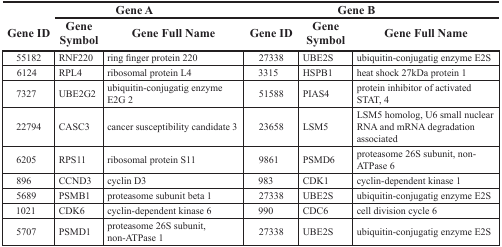
<table><thead><tr><td></td><td colspan="2"><b>Gene A</b></td><td></td><td colspan="2"><b>Gene B</b></td></tr><tr><td><b>Gene ID</b></td><td><b>Gene Symbol</b></td><td><b>Gene Full Name</b></td><td><b>Gene ID</b></td><td><b>Gene Symbol</b></td><td><b>Gene Full Name</b></td></tr></thead><tbody><tr><td>55182</td><td>RNF220</td><td>ring finger protein 220</td><td>27338</td><td>UBE2S</td><td>ubiquitin-conjugatig enzyme E2S</td></tr><tr><td>6124</td><td>RPL4</td><td>ribosomal protein L4</td><td>3315</td><td>HSPB1</td><td>heat shock 27kDa protein 1</td></tr><tr><td>7327</td><td>UBE2G2</td><td>ubiquitin-conjugatig enzyme E2G 2</td><td>51588</td><td>PIAS4</td><td>protein inhibitor of activated STAT, 4</td></tr><tr><td>22794</td><td>CASC3</td><td>cancer susceptibility candidate 3</td><td>23658</td><td>LSM5</td><td>LSM5 homolog, U6 small nuclear RNA and mRNA degradation associated</td></tr><tr><td>6205</td><td>RPS11</td><td>ribosomal protein S11</td><td>9861</td><td>PSMD6</td><td>proteasome 26S subunit, non-ATPase 6</td></tr><tr><td>896</td><td>CCND3</td><td>cyclin D3</td><td>983</td><td>CDK1</td><td>cyclin-dependent kinase 1</td></tr><tr><td>5689</td><td>PSMB1</td><td>proteasome subunit beta 1</td><td>27338</td><td>UBE2S</td><td>ubiquitin-conjugatig enzyme E2S</td></tr><tr><td>1021</td><td>CDK6</td><td>cyclin-dependent kinase 6</td><td>990</td><td>CDC6</td><td>cell division cycle 6</td></tr><tr><td>5707</td><td>PSMD1</td><td>proteasome 26S subunit, non-ATPase 1</td><td>27338</td><td>UBE2S</td><td>ubiquitin-conjugatig enzyme E2S</td></tr></tbody></table>